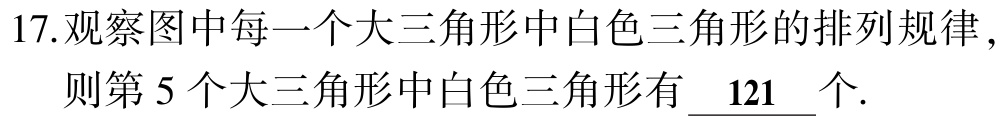
17.观察图中每一个大三角形中白色三角形的排列规律，则第\(5\)个大三角形中白色三角形有\(\underline{121}\)个.